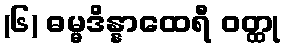
(၆) ဓမ္မဒိန္နာထေရီ ဝတ္ထု